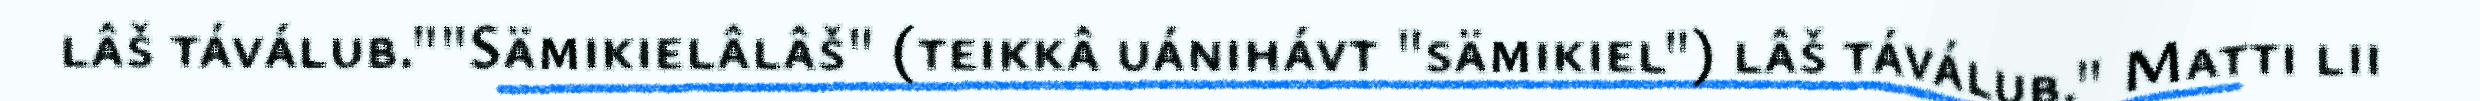
lâš táválub.""Sämikielâlâš" (teikkâ uánihávt "sämikiel") lâš táválub." Matti lii